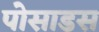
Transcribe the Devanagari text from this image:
पोसाडस